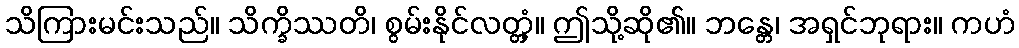
သိကြားမင်းသည်။ သိက္ခိဿတိ၊ စွမ်းနိုင်လတ္တံ့။ ဤသို့ဆို၏။ ဘန္တေ၊ အရှင်ဘုရား။ ကဟံ